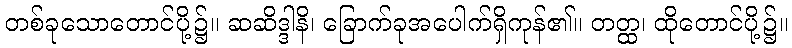
တစ်ခုသောတောင်ပို့၌။ ဆဆိဒ္ဒါနိ၊ ခြောက်ခုအပေါက်ရှိကုန်၏။ တတ္ထ၊ ထိုတောင်ပို့၌။